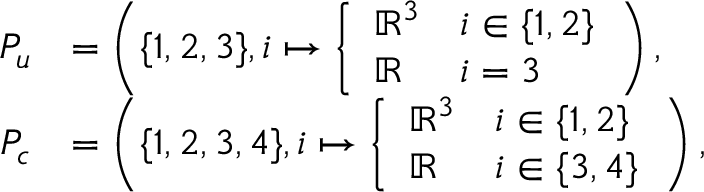
\begin{array} { r l } { P _ { u } } & { = \left( \{ 1 , 2 , 3 \} , i \mapsto \left\{ \begin{array} { l l } { \mathbb { R } ^ { 3 } } & { i \in \{ 1 , 2 \} } \\ { \mathbb { R } } & { i = 3 } \end{array} \right. \right) , } \\ { P _ { c } } & { = \left( \{ 1 , 2 , 3 , 4 \} , i \mapsto \left\{ \begin{array} { l l } { \mathbb { R } ^ { 3 } } & { i \in \{ 1 , 2 \} } \\ { \mathbb { R } } & { i \in \{ 3 , 4 \} } \end{array} \right. \right) , } \end{array}